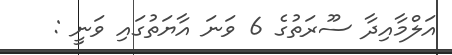
އަލްމާއިދާ ސޫރަތުގެ 6 ވަނަ އާޔަތުގައި ވަނީ :